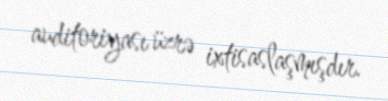
auditoriyası üzrə ixtisaslaşmışdır.